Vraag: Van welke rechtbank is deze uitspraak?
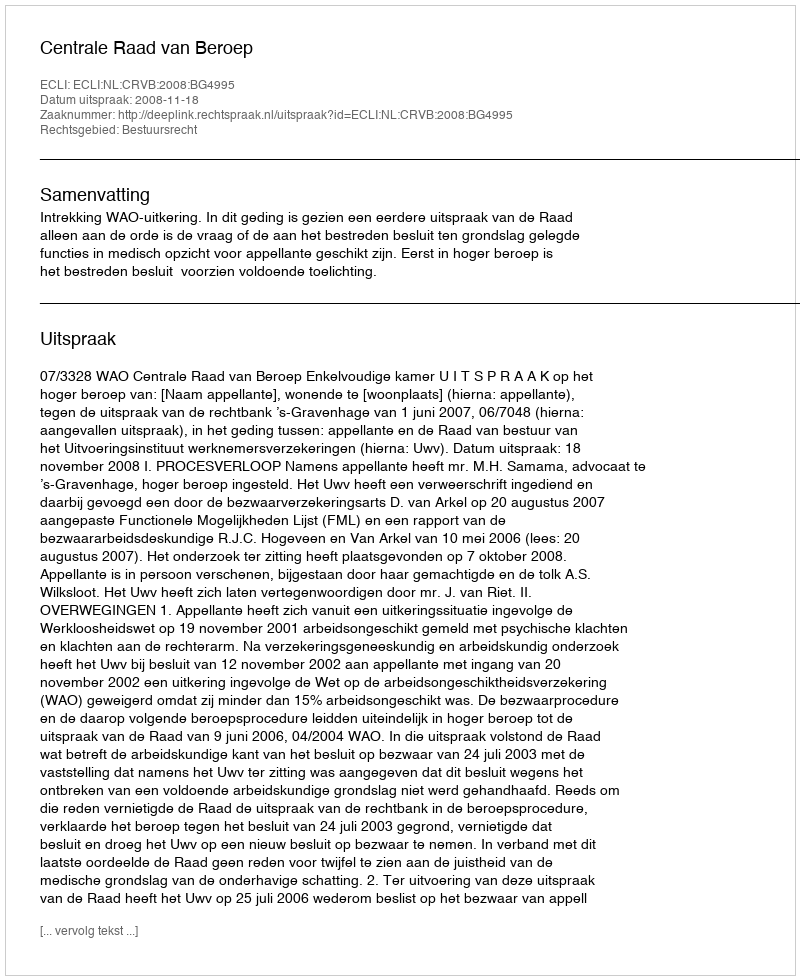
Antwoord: Centrale Raad van Beroep